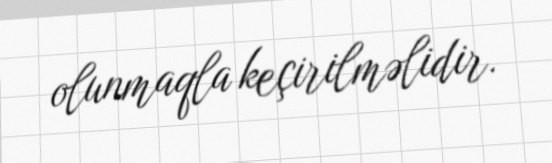
olunmaqla keçirilməlidir.